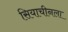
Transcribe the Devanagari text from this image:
सियाचीनला